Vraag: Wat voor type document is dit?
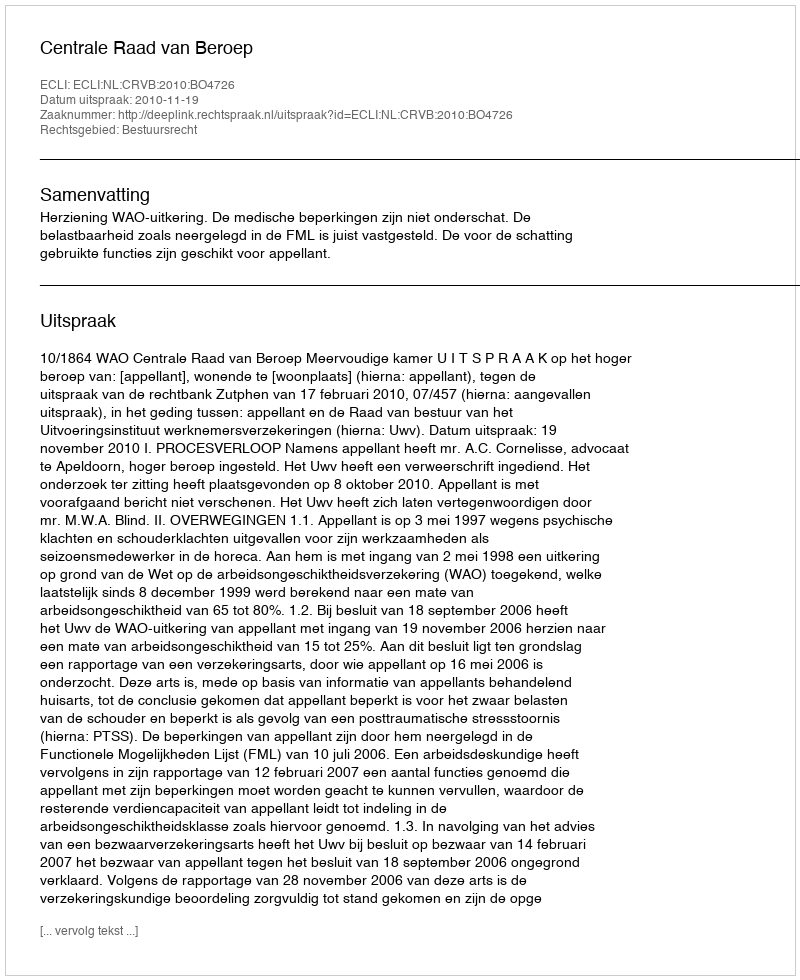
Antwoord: Uitspraak